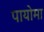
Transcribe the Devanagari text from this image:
पायोमा